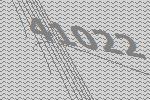
41022